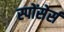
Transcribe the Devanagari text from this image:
स्पोंसेर्स